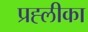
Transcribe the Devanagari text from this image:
प्रह्लीका